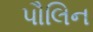
પૌલિન